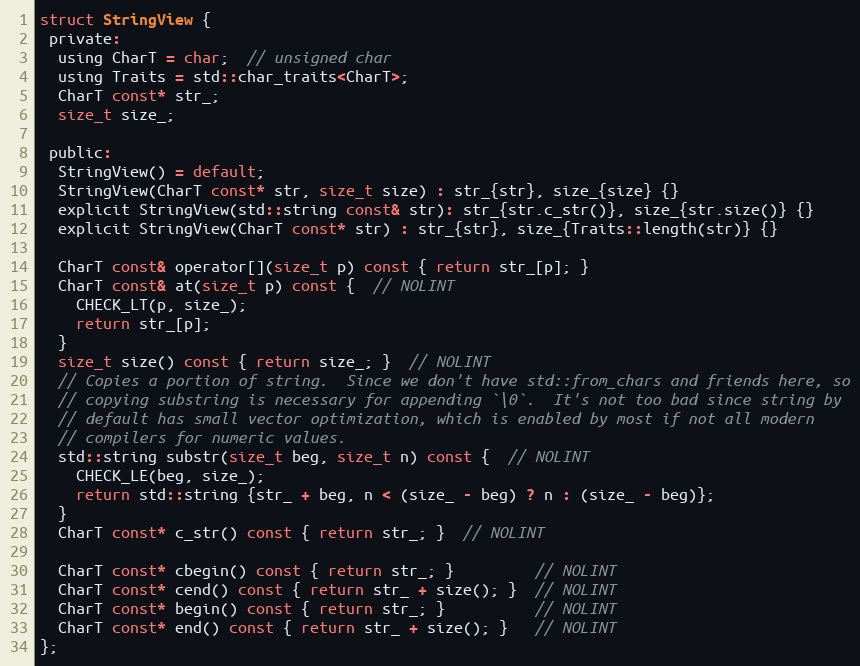
Language: C
struct StringView {
 private:
  using CharT = char;  // unsigned char
  using Traits = std::char_traits<CharT>;
  CharT const* str_;
  size_t size_;

 public:
  StringView() = default;
  StringView(CharT const* str, size_t size) : str_{str}, size_{size} {}
  explicit StringView(std::string const& str): str_{str.c_str()}, size_{str.size()} {}
  explicit StringView(CharT const* str) : str_{str}, size_{Traits::length(str)} {}

  CharT const& operator[](size_t p) const { return str_[p]; }
  CharT const& at(size_t p) const {  // NOLINT
    CHECK_LT(p, size_);
    return str_[p];
  }
  size_t size() const { return size_; }  // NOLINT
  // Copies a portion of string.  Since we don't have std::from_chars and friends here, so
  // copying substring is necessary for appending `\0`.  It's not too bad since string by
  // default has small vector optimization, which is enabled by most if not all modern
  // compilers for numeric values.
  std::string substr(size_t beg, size_t n) const {  // NOLINT
    CHECK_LE(beg, size_);
    return std::string {str_ + beg, n < (size_ - beg) ? n : (size_ - beg)};
  }
  CharT const* c_str() const { return str_; }  // NOLINT

  CharT const* cbegin() const { return str_; }         // NOLINT
  CharT const* cend() const { return str_ + size(); }  // NOLINT
  CharT const* begin() const { return str_; }          // NOLINT
  CharT const* end() const { return str_ + size(); }   // NOLINT
};